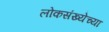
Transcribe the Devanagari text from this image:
लोकसंख्‍येच्‍या